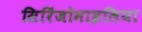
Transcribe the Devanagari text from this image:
सिरिंजोमाइलिया